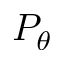
P _ { \theta }